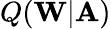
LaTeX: Q(\mathbf{W}|\mathbf{A})